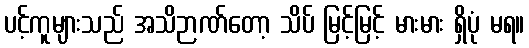
ပင့်ကူများသည် အသိဉာဏ်တော့ သိပ် မြင့်မြင့် မားမား ရှိပုံ မရ။